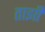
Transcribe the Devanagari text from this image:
ताझी